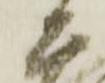
大